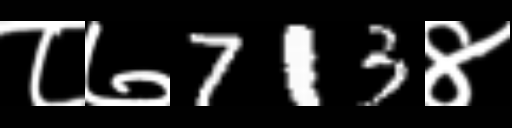
Text: ८७713४